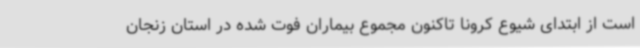
است از ابتدای شیوع کرونا تاکنون مجموع بیماران فوت شده در استان زنجان